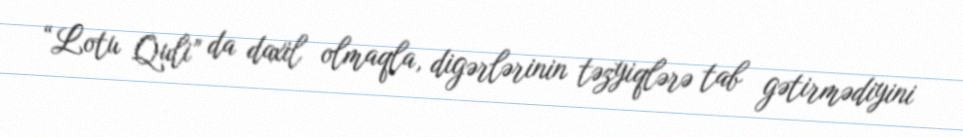
“Lotu Quli” da daxil olmaqla, digərlərinin təzyiqlərə tab gətirmədiyini